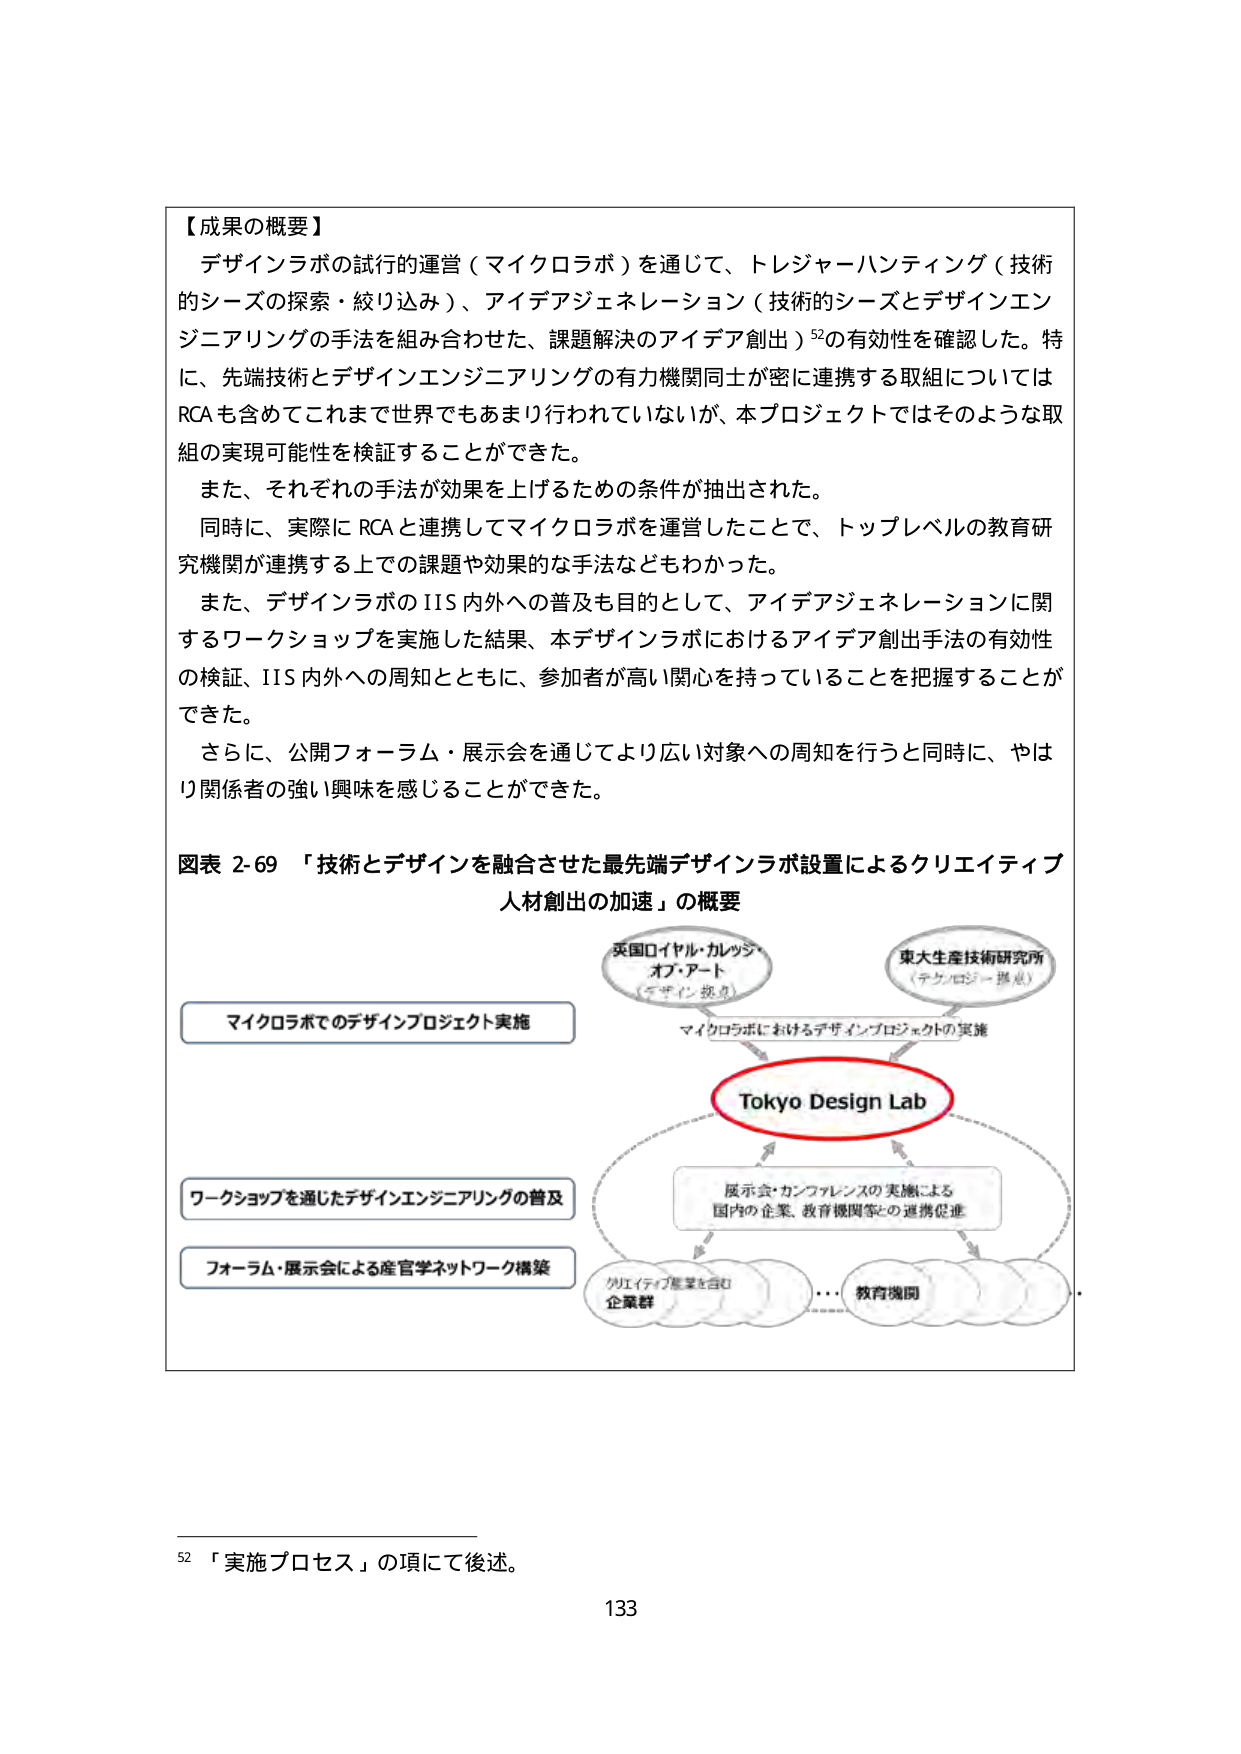
【成果の概要】
デザインラボの試行的運営（マイクロラボ）を通じて、トレジャーハンティング（技術的シーズの探索・絞り込み）、アイデアジェネレーション（技術的シーズとデザインエンジニアリングの手法を組み合わせた、課題解決のアイデア創出）⁵²の有効性を確認した。特に、先端技術とデザインエンジニアリングの有力機関同士が密に連携する取組についてはRCAも含めてこれまで世界でもあまり行われていないが、本プロジェクトではそのような取組の実現可能性を検証することができた。
また、それぞれの手法が効果を上げるための条件が抽出された。
同時に、実際にRCAと連携してマイクロラボを運営したことで、トップレベルの教育研究機関が連携する上での課題や効果的な手法などもわかった。
また、デザインラボのIIS内外への普及も目的として、アイデアジェネレーションに関するワークショップを実施した結果、本デザインラボにおけるアイデア創出手法の有効性の検証、IIS内外への周知とともに、参加者が高い関心を持っていることを把握することができた。
さらに、公開フォーラム・展示会を通じてより広い対象への周知を行うと同時に、やはり関係者の強い興味を感じることができた。

図表 2-69 「技術とデザインを融合させた最先端デザインラボ設置によるクリエイティブ人材創出の加速」の概要

英国ロイヤル・カレッジ・オブ・アート
（デザイン教育）

東大生産技術研究所
（テクノロジー拠点）

マイクロラボでのデザインプロジェクト実施

マイクロラボにおけるデザインプロジェクトの実施

Tokyo Design Lab

ワークショップを通じたデザインエンジニアリングの普及

展示会・カンファレンスの実施による
国内の企業、教育機関等との連携促進

フォーラム・展示会による産官学ネットワーク構築

クリエイティブ産業を含む
企業群

…

教育機関

⁵² 「実施プロセス」の項にて後述。

133